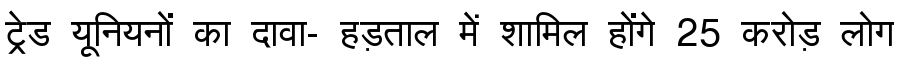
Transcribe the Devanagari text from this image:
ट्रेड यूनियनों का दावा- हड़ताल में शामिल होंगे 25 करोड़ लोग